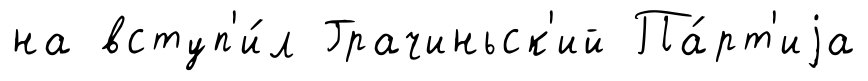
на вступ'и́л Грачиньск'ий Па́рт'иjа